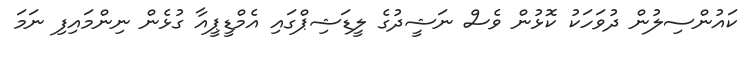
ކައުންސިލުން ދުވަހަކު ކޮޅުން ވެސް ނަޝީދުގެ ލީޑަޝިޕްގައި އެމްޑީޕީއާ ގުޅެން ނިންމައިފި ނަމަ